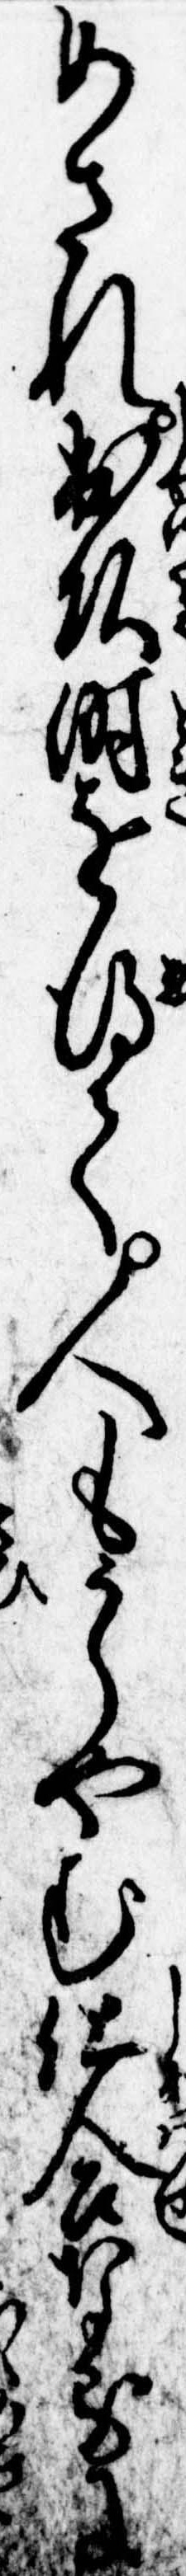
めされ出頭時を得て人もうらやむ仕合なるに